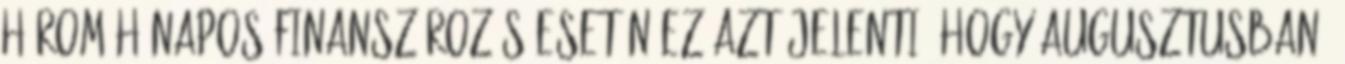
három hónapos finanszírozás esetén ez azt jelenti, hogy augusztusban,